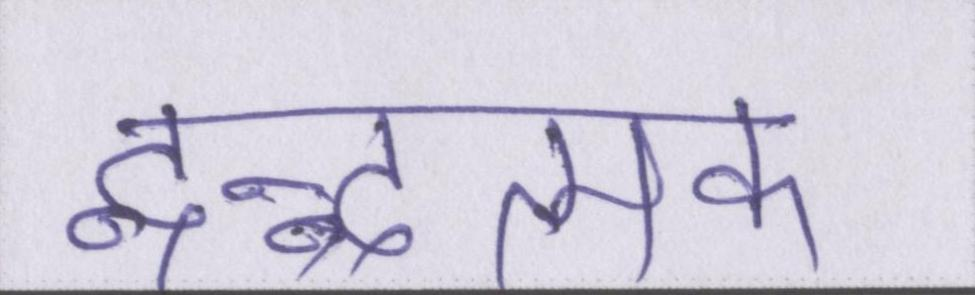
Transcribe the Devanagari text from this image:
द्वन्द्वात्मक